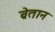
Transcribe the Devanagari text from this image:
ब्रेतान